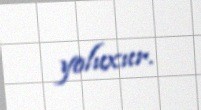
yoluxur.